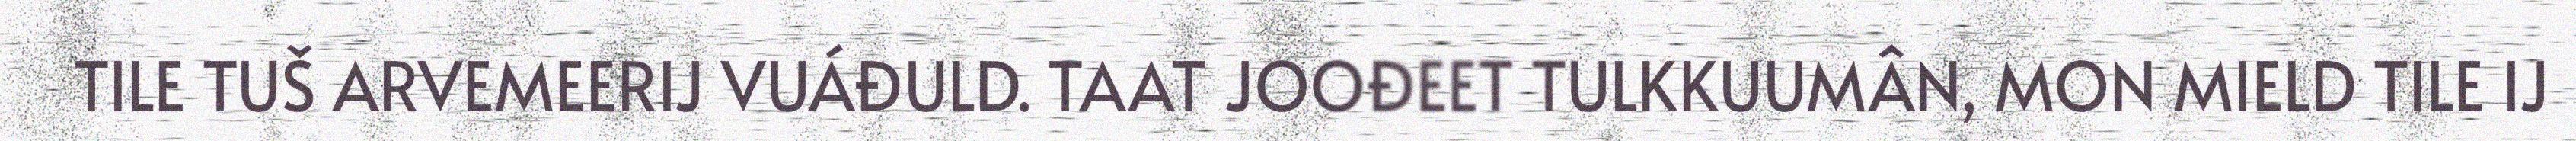
TILE TUŠ ARVEMEERIJ VUÁĐULD. TAAT JOOĐEET TULKKUUMÂN, MON MIELD TILE IJ